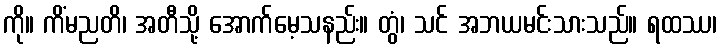
ကို။ ကိံမညတိ၊ အတီသို့ အောက်မေ့သနည်း။ တွံ၊ သင် အဘယမင်းသားသည်။ ရထဿ၊